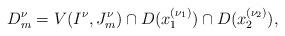
LaTeX: \begin{align*}D_m^\nu=V(I^\nu,J_m^\nu)\cap D(x_1^{(\nu_1)})\cap D(x_2^{(\nu_2)}),\end{align*}